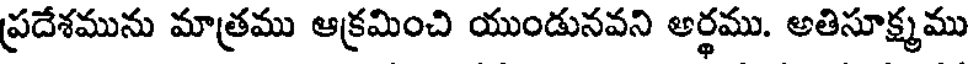
ప్రదేశమును మాత్రము ఆక్రమించి యుండునవని అర్థము. అతిసూక్ష్మము